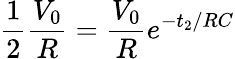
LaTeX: \frac{1}{2}\frac{V_{0}}{R}=\frac{V_{0}}{R}e^{-t_{2}/RC}